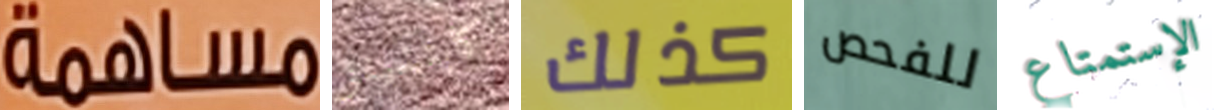
مساهمة كابتشينو كذلك للفحص الإستمتاع